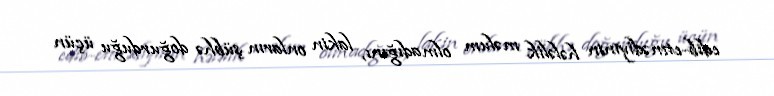
edib-etmədiyinin hələlik məlum olmadığını, lakin onların şübhə doğurduğu üçün